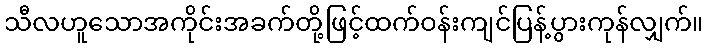
သီလဟူသောအကိုင်းအခက်တို့ဖြင့်ထက်ဝန်းကျင်ပြန့်ပွားကုန်လျှက်။